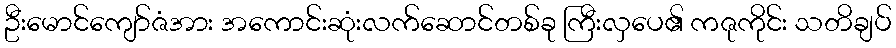
ဦးမောင်ကျော်ဇံအား အကောင်းဆုံးလက်ဆောင်တစ်ခု ကြီးလှပေ၏ ကဇုကိုင်း သတိချပ်